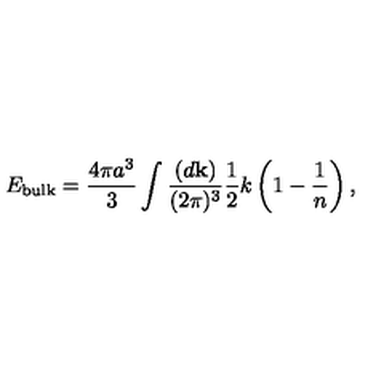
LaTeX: E _ { \mathrm { b u l k } } = { \frac { 4 \pi a ^ { 3 } } { 3 } } \int { \frac { ( d { \bf k } ) } { ( 2 \pi ) ^ { 3 } } } { \frac { 1 } { 2 } } k \left( 1 - { \frac { 1 } { n } } \right) ,